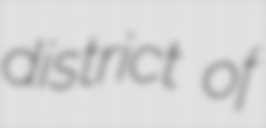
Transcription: district of